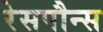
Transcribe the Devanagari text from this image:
रेसपौन्स